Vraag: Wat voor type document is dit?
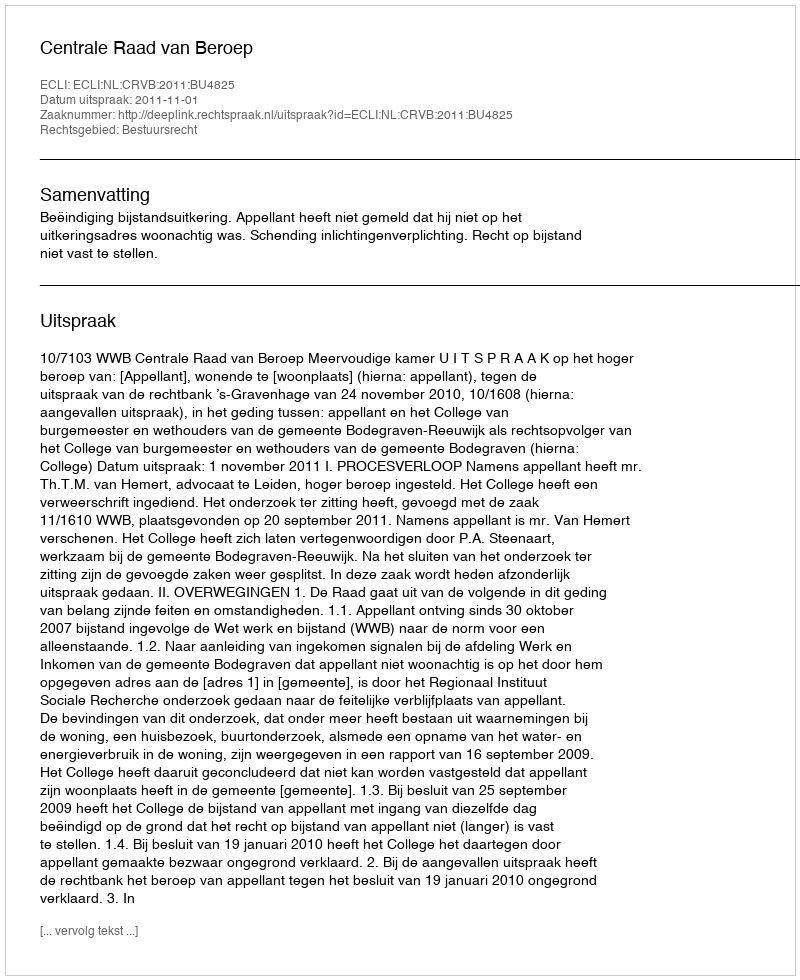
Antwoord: Uitspraak